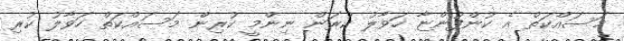
މަސައްކަތް އެ ކުންފުންޏާ ހަވާލު ކުރަން ނިންމީ ކުރިން މަސައްކަތް ހަވާލު ކުރި